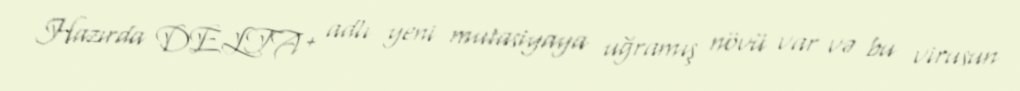
Hazırda DELTA+ adlı yeni mutasiyaya uğramış növü var və bu virusun